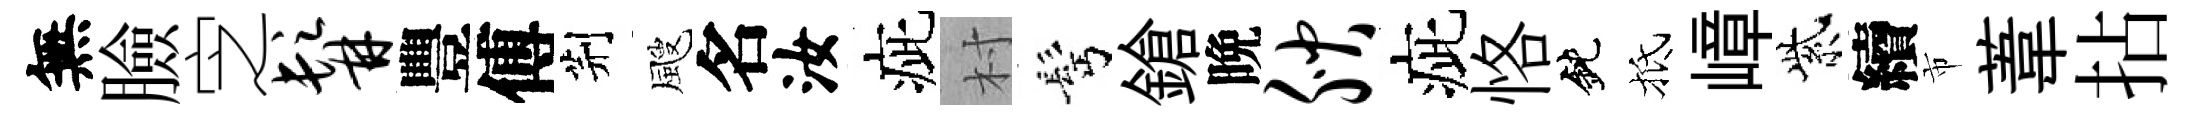
無臉㝎髯豐傅荆颼名汝疵村髩鎗晩腴疵恪鈍抵嶂紫續市葦拈